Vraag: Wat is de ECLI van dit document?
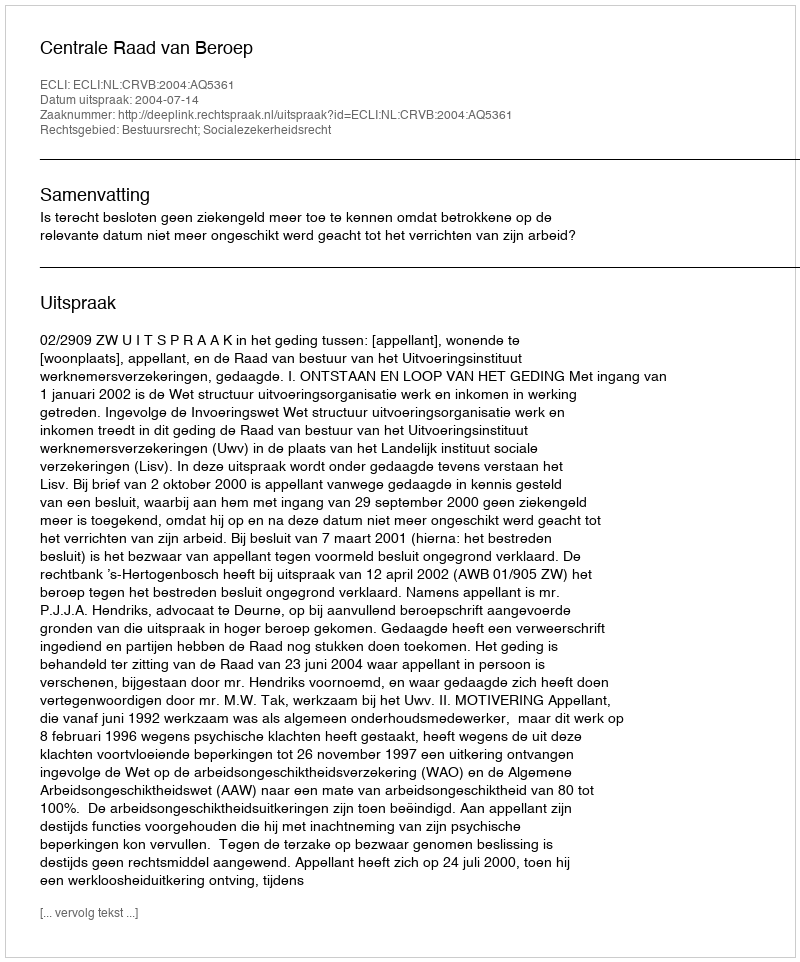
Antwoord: ECLI:NL:CRVB:2004:AQ5361